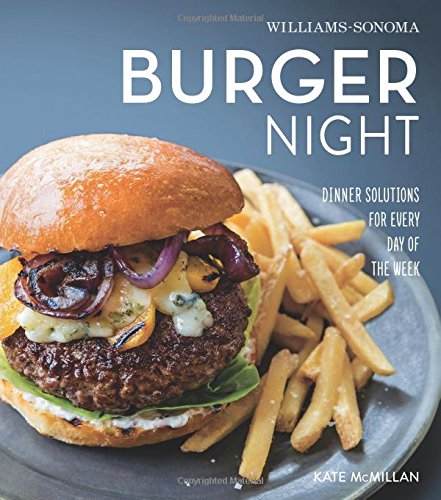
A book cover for Burger Night (Williams-Sonoma); Kate McMillan; Cookbooks, Food & Wine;